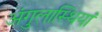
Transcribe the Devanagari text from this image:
अंगुलास्थियां